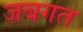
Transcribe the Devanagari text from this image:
जबगत